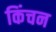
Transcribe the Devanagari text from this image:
किंचन